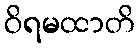
ဝိရမထာတိ